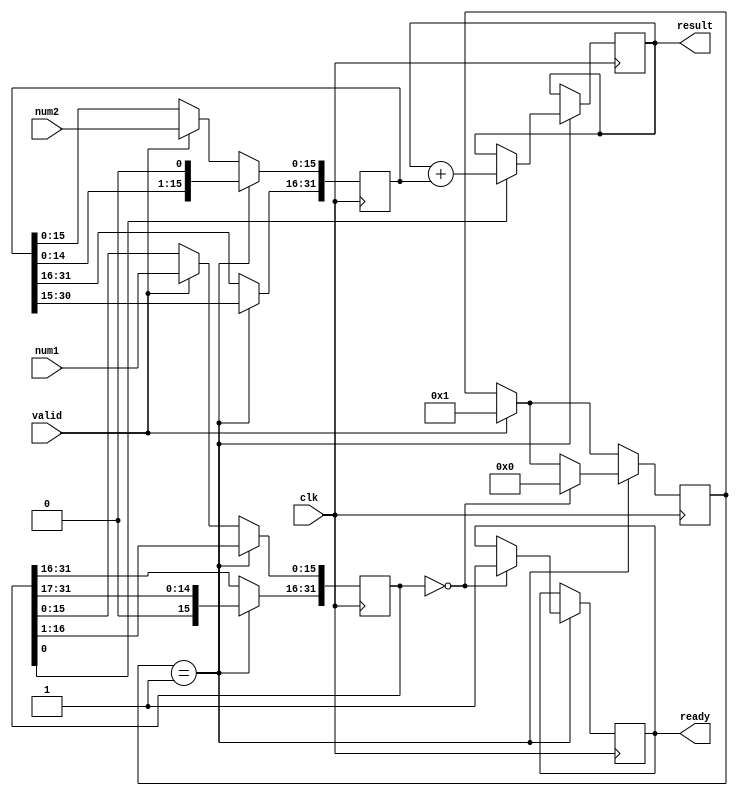
module bus(
	input [15:0] num1,num2,
	input valid,
	input clk,
	output reg ready,
	output [31:0] result);
	
	reg [31:0] regs[31:0];
	
	assign result = regs[16];
	
	always@(posedge clk) begin
		if(valid == 1'b1) begin
			regs[1][15:0] <= num1;
			regs[2][15:0] <= num2;
			regs[0] <= 1;
		end
		if(regs[0] == 1) begin
			regs[2] <= regs[2] << 1;
			regs[1] <= regs[1] >> 1;
			
			if(regs[1][0] == 1'b1) begin
				regs[16] <= regs[16] + regs[2];
			end
			
			if(regs[1] == 0) begin
				regs[0] <= 0;
				ready <= 1;
			end
		end
	end
	
	integer i;
	initial begin
		for(i=0;i<32;i=i+1) begin
			regs[i] = 0;
		end
	end
	
endmodule